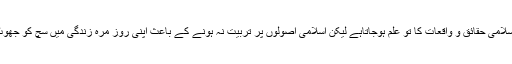
اے اسلامیات کرنے کے باعث بہت سارے اسلامی حقائق و واقعات کا تو علم ہوجاتاہے لیکن اسلامی اصولوں پر تربیت نہ ہونے کے باعث اپنی روز مرّہ زندگی میں سچ کو جھوٹ سے اور حق کو باطل سے جدا نہیں کرپاتا۔